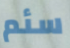
سئم